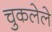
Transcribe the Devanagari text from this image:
चुकलेले